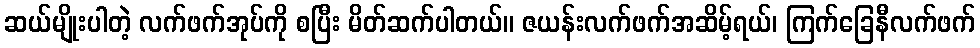
ဆယ်မျိုးပါတဲ့ လက်ဖက်အုပ်ကို စပြီး မိတ်ဆက်ပါတယ်။ ဇယန်းလက်ဖက်အဆိမ့်ရယ်၊ ကြက်ခြေနီလက်ဖက်